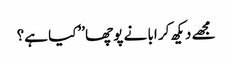
مجھے دیکھ کر ابا نے پوچھا ’’کیا ہے؟